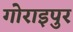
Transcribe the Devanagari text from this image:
गोराइपुर